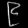
Digit: ၉